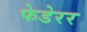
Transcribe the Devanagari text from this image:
फेडेरर